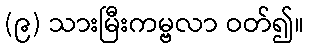
(၉) သားမြီးကမ္ဗလာ ဝတ်၍။